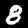
Digit: 8